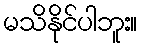
မသိနိုင်ပါဘူး။